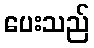
ပေးသည်